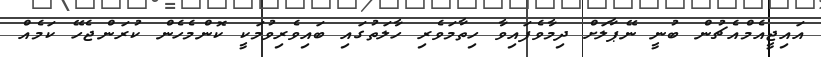
އައިޖީއެމްއެޗުން ބުނީ ނޭޕާލަށް ދިމާވެފައިވާ ހިތާމަވެރި ހާލަތުގައި ބައިވެރިވުމަކީ ކޮންމެހެން ކުރަންޖެހޭ ކަމެއް